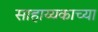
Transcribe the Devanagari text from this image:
साहाय्यकाच्या